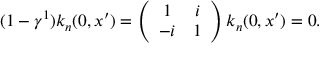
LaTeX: ( 1 - \gamma ^ { 1 } ) k _ { n } ( 0 , x ^ { \prime } ) = \left( \begin{array} { c c } { { 1 } } & { { i } } \\ { { - i } } & { { 1 } } \end{array} \right) k _ { n } ( 0 , x ^ { \prime } ) = 0 .